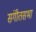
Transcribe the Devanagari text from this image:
संगीतसभा